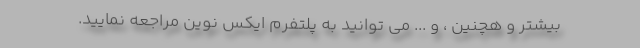
بیشتر و هچنین ، و ... می توانید به پلتفرم ایکس نوین مراجعه نمایید.